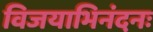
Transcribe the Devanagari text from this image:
विजयाभिनंदनः